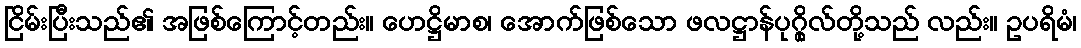
ငြိမ်းပြီးသည်၏ အဖြစ်ကြောင့်တည်း။ ဟေဋ္ဌိမာစ၊ အောက်ဖြစ်သော ဖလဋ္ဌာန်ပုဂ္ဂိုလ်တို့သည် လည်း။ ဥပရိမံ၊